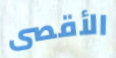
الأقصى